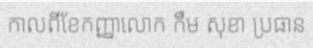
កាលពីខែកញ្ញាលោក កឹម សុខា ប្រធាន